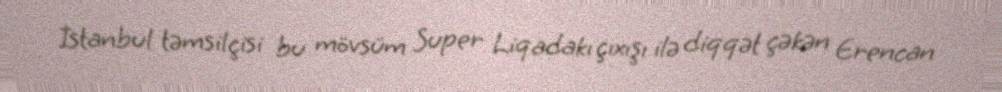
İstanbul təmsilçisi bu mövsüm Super Liqadakı çıxışı ilə diqqət çəkən Erencan